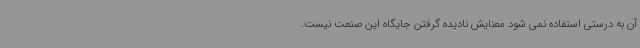
آن به درستی استفاده نمی شود معنایش نادیده گرفتن جایگاه این صنعت نیست.